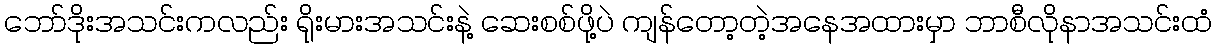
ဘော်ဒိုးအသင်းကလည်း ရိုးမားအသင်းနဲ့ ဆေးစစ်ဖို့ပဲ ကျန်တော့တဲ့အနေအထားမှာ ဘာစီလိုနာအသင်းထံ